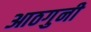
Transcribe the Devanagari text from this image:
आठगुनी